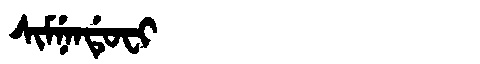
Manchu: ᠰᡳᠮᠨᡝᠨᡩᡠᠸᡳ
Romanization: SIMNENDUFI